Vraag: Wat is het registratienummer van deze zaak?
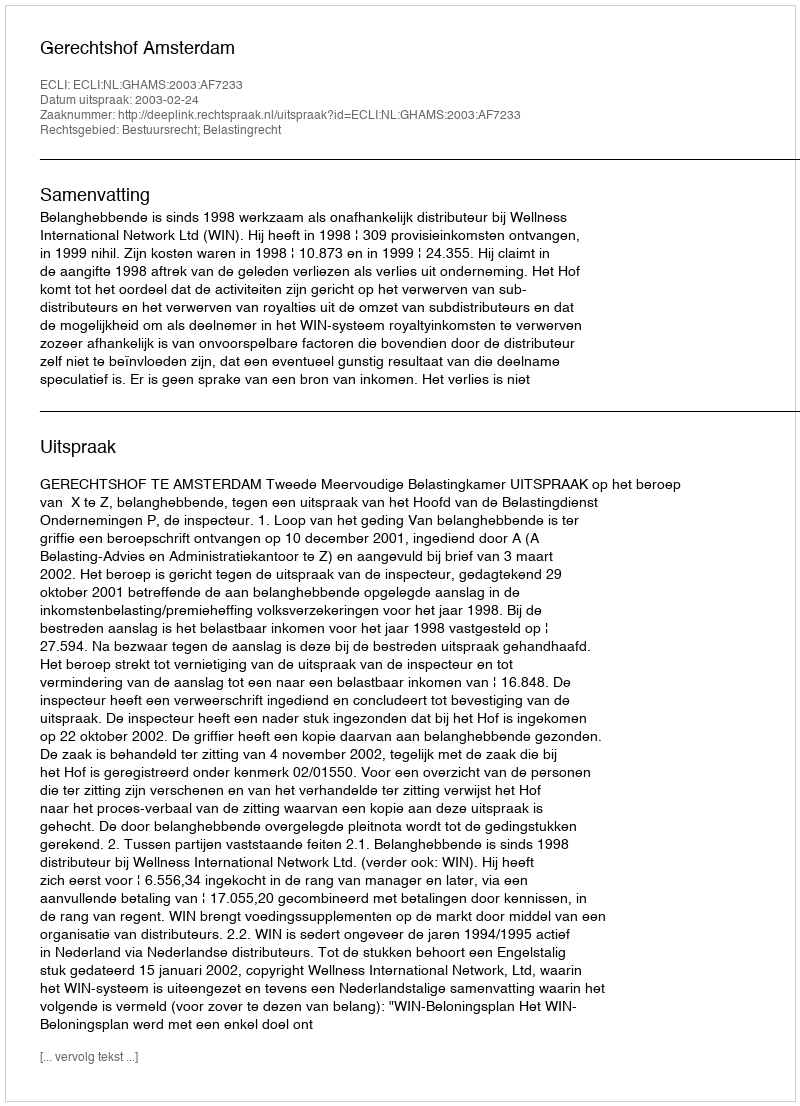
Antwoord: http://deeplink.rechtspraak.nl/uitspraak?id=ECLI:NL:GHAMS:2003:AF7233